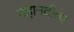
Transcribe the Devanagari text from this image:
महानदीवर